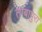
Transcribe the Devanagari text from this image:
तांबापुरा